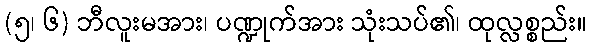
(၅၊ ၆) ဘီလူးမအား၊ ပဏ္ဍုက်အား သုံးသပ်၏၊ ထုလ္လစ္စည်း။